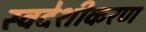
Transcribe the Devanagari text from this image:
स्वदेशीकरण